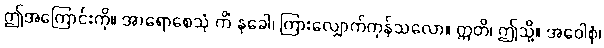
ဤအကြောင်းကို။ အာရောစေသုံ ကိံ နုခေါ၊ ကြားလျှောက်ကုန်သလော။ ဣတိ၊ ဤသို့။ အဝေါစုံ၊